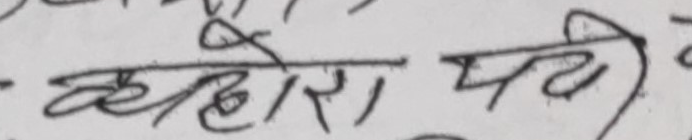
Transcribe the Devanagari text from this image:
व्यहोरा पट्टी